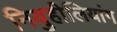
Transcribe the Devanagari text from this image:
नियुहीलियांग